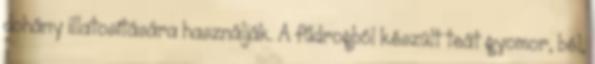
dohány illatosítására használják. A fűdrogból készült teát gyomor, bél,